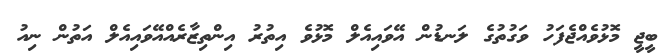
ބީޖީ މޮޅުވެއްޖެފަހު ވަގުތުގެ ލަނޑުން އޭވައިއެލް މޮޅުވެ އިތުރު އިންތިޒާރެއްއޭވައިއެލް އަތުން ނިއު